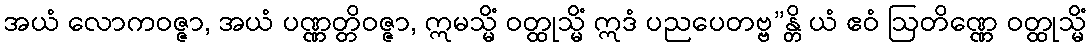
အယံ လောကဝဇ္ဇာ, အယံ ပဏ္ဏတ္တိဝဇ္ဇာ, ဣမသ္မိံ ဝတ္ထုသ္မိံ ဣဒံ ပညပေတဗ္ဗ”န္တိ ယံ ဧဝံ ဩတိဏ္ဏေ ဝတ္ထုသ္မိံ